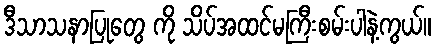
ဒီသာသနာပြုတွေ ကို သိပ်အထင်မကြီးစမ်းပါနဲ့ကွယ်။